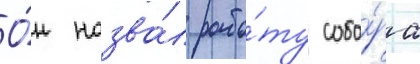
О́н назва́л рабо́ту собо́ра